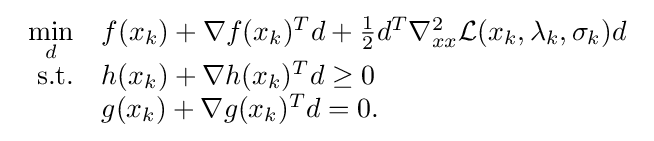
{\begin{array}{rl}\min \limits _{d}&f(x_{k})+\nabla f(x_{k})^{T}d+{\frac {1}{2}}d^{T}\nabla _{xx}^{2}{\mathcal {L}}(x_{k},\lambda _{k},\sigma _{k})d\\\mathrm {s.t.} &h(x_{k})+\nabla h(x_{k})^{T}d\geq 0\\&g(x_{k})+\nabla g(x_{k})^{T}d=0.\end{array}}